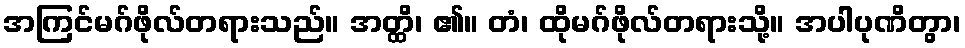
အကြင်မဂ်ဖိုလ်တရားသည်။ အတ္ထိ၊ ၏။ တံ၊ ထိုမဂ်ဖိုလ်တရားသို့။ အပါပုဏိတွာ၊